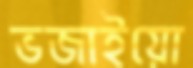
ভজাইয়ো